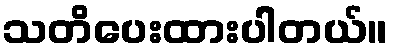
သတိပေးထားပါတယ်။